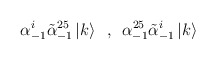
\begin{align*}\alpha^i _{-1} \tilde{\alpha}^{25}_{-1}\left| k\right> \,\,\, ,\,\,\,\alpha^{25} _{-1} \tilde{\alpha}^{i}_{-1}\left| k\right>\end{align*}